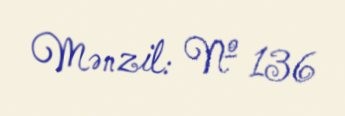
Mənzil: № 136